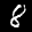
Digit: 8